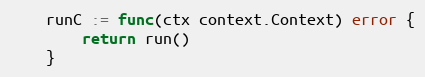
Language: Go
	runC := func(ctx context.Context) error {
		return run()
	}